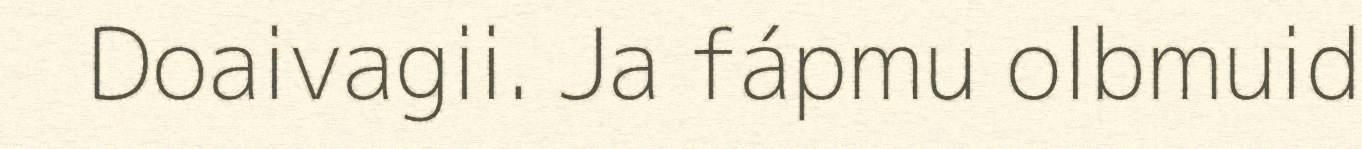
Doaivagii. Ja fápmu olbmuid